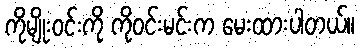
ကိုမျိုးဝင်းကို ကိုဝင်းမင်းက မေးထားပါတယ်။